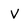
Character: V